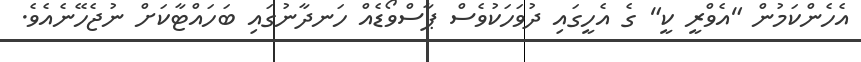
އެހެންކަމުން "އެވްރީ ކީ" ގެ އެހީގައި ދުވަހަކުވެސް ޕާސްވޯޑެއް ހަނދާނުގައި ބަހައްޓާކަށް ނުޖެހޭނެއެވެ.